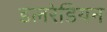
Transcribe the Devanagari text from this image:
डलरेडियन